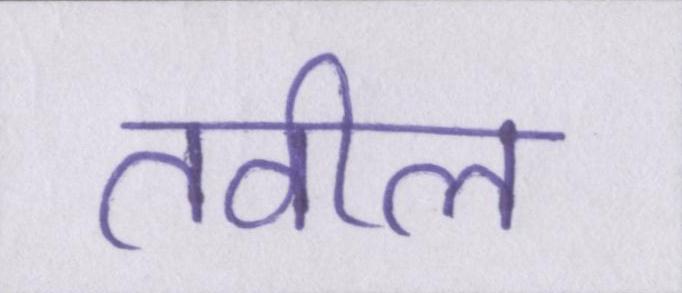
तवील